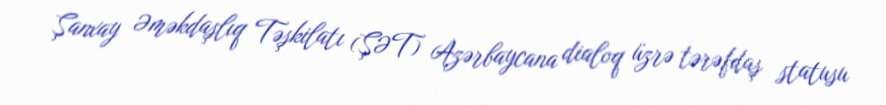
Şanxay Əməkdaşlıq Təşkilatı (ŞƏT) Azərbaycana dialoq üzrə tərəfdaş statusu